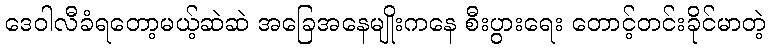
ဒေဝါလီခံရတော့မယ့်ဆဲဆဲ အခြေအနေမျိုးကနေ စီးပွားရေး တောင့်တင်းခိုင်မာတဲ့